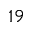
^ { 1 9 }